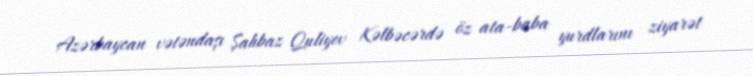
Azərbaycan vətəndaşı Şahbaz Quliyev Kəlbəcərdə öz ata-baba yurdlarını ziyarət